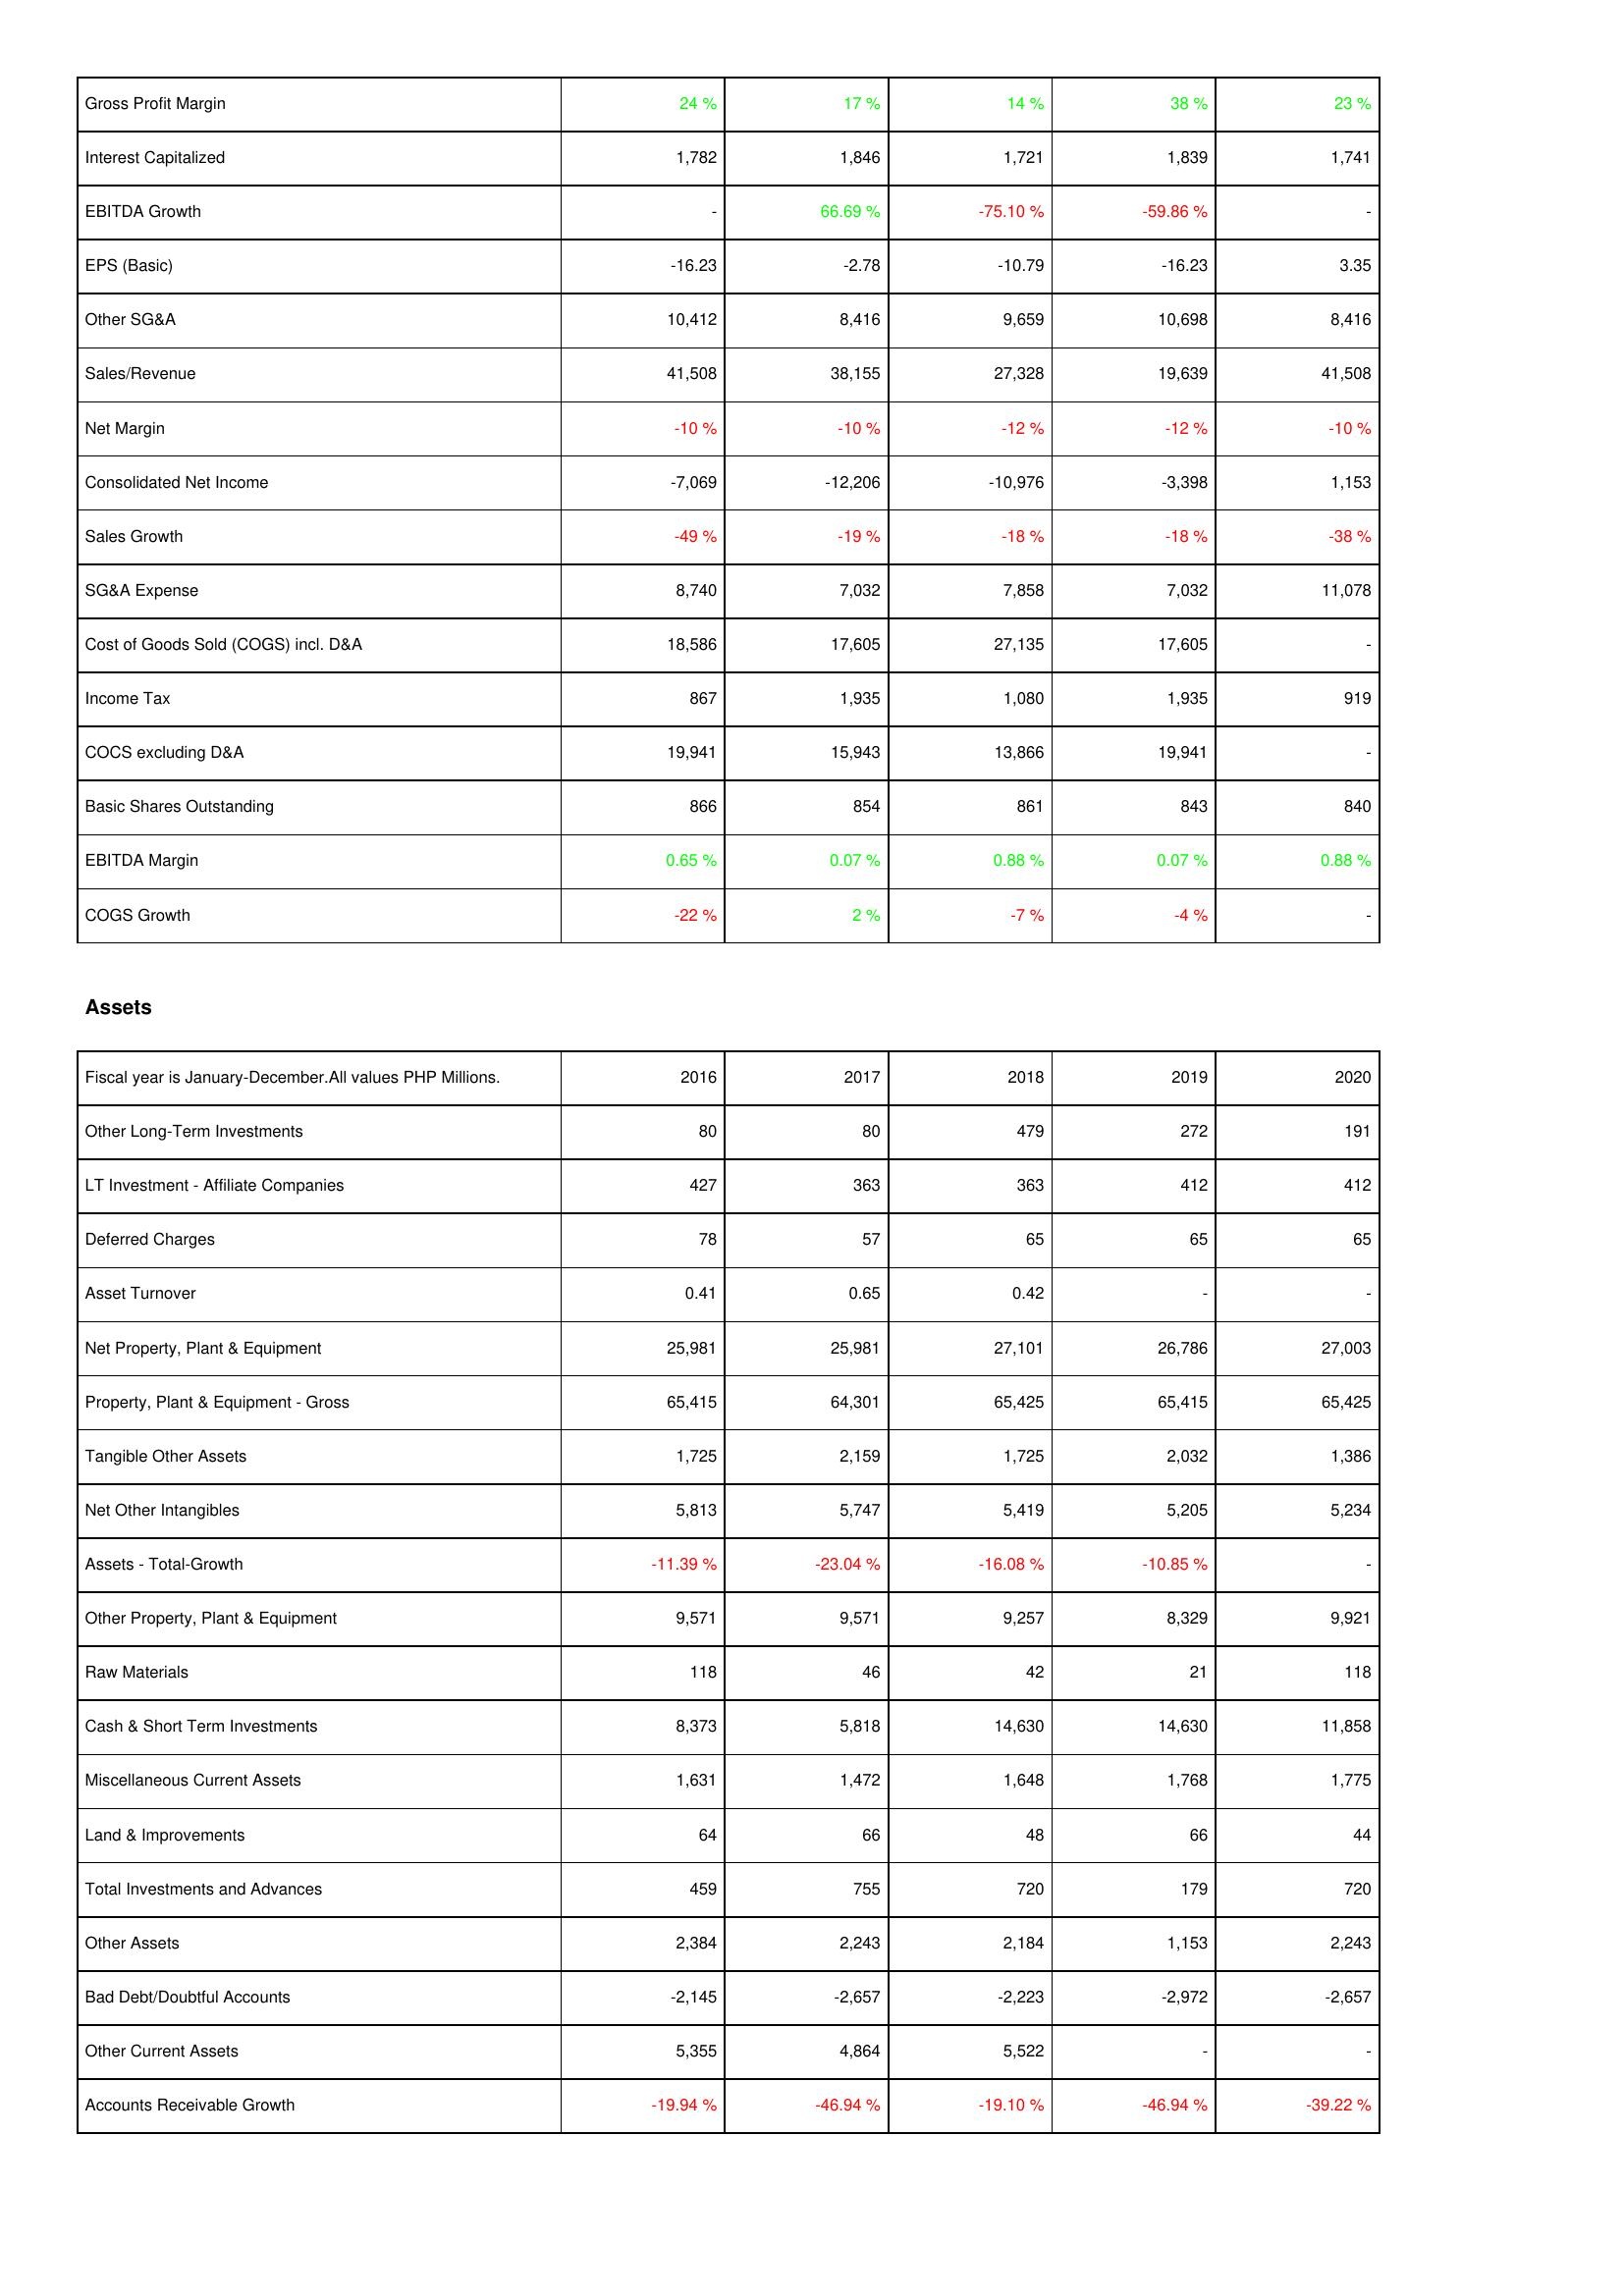
2016: Income Statement: Gross Profit Margin: 24 %
Interest Capitalized: 1,782
EBITDA Growth: -
EPS (Basic): -16.23
Other SG&A: 10,412
Sales/Revenue: 41,508
Net Margin: -10 %
Consolidated Net Income: -7,069
Sales Growth: -49 %
SG&A Expense: 8,740
Cost of Goods Sold (COGS) incl. D&A: 18,586
Income Tax: 867
COCS excluding D&A: 19,941
Basic Shares Outstanding: 866
EBITDA Margin: 0.65 %
COGS Growth: -22 %
Assets: Other Long-Term Investments: 80
LT Investment - Affiliate Companies: 427
Deferred Charges: 78
Asset Turnover: 0.41
Net Property, Plant & Equipment: 25,981
Property, Plant & Equipment - Gross: 65,415
Tangible Other Assets: 1,725
Net Other Intangibles: 5,813
Assets - Total-Growth: -11.39 %
Other Property, Plant & Equipment: 9,571
Raw Materials: 118
Cash & Short Term Investments: 8,373
Miscellaneous Current Assets: 1,631
Land & Improvements: 64
Total Investments and Advances: 459
Other Assets: 2,384
Bad Debt/Doubtful Accounts: -2,145
Other Current Assets: 5,355
Accounts Receivable Growth: -19.94 %
2017: Income Statement: Gross Profit Margin: 17 %
Interest Capitalized: 1,846
EBITDA Growth: 66.69 %
EPS (Basic): -2.78
Other SG&A: 8,416
Sales/Revenue: 38,155
Net Margin: -10 %
Consolidated Net Income: -12,206
Sales Growth: -19 %
SG&A Expense: 7,032
Cost of Goods Sold (COGS) incl. D&A: 17,605
Income Tax: 1,935
COCS excluding D&A: 15,943
Basic Shares Outstanding: 854
EBITDA Margin: 0.07 %
COGS Growth: 2 %
Assets: Other Long-Term Investments: 80
LT Investment - Affiliate Companies: 363
Deferred Charges: 57
Asset Turnover: 0.65
Net Property, Plant & Equipment: 25,981
Property, Plant & Equipment - Gross: 64,301
Tangible Other Assets: 2,159
Net Other Intangibles: 5,747
Assets - Total-Growth: -23.04 %
Other Property, Plant & Equipment: 9,571
Raw Materials: 46
Cash & Short Term Investments: 5,818
Miscellaneous Current Assets: 1,472
Land & Improvements: 66
Total Investments and Advances: 755
Other Assets: 2,243
Bad Debt/Doubtful Accounts: -2,657
Other Current Assets: 4,864
Accounts Receivable Growth: -46.94 %
2018: Income Statement: Gross Profit Margin: 14 %
Interest Capitalized: 1,721
EBITDA Growth: -75.10 %
EPS (Basic): -10.79
Other SG&A: 9,659
Sales/Revenue: 27,328
Net Margin: -12 %
Consolidated Net Income: -10,976
Sales Growth: -18 %
SG&A Expense: 7,858
Cost of Goods Sold (COGS) incl. D&A: 27,135
Income Tax: 1,080
COCS excluding D&A: 13,866
Basic Shares Outstanding: 861
EBITDA Margin: 0.88 %
COGS Growth: -7 %
Assets: Other Long-Term Investments: 479
LT Investment - Affiliate Companies: 363
Deferred Charges: 65
Asset Turnover: 0.42
Net Property, Plant & Equipment: 27,101
Property, Plant & Equipment - Gross: 65,425
Tangible Other Assets: 1,725
Net Other Intangibles: 5,419
Assets - Total-Growth: -16.08 %
Other Property, Plant & Equipment: 9,257
Raw Materials: 42
Cash & Short Term Investments: 14,630
Miscellaneous Current Assets: 1,648
Land & Improvements: 48
Total Investments and Advances: 720
Other Assets: 2,184
Bad Debt/Doubtful Accounts: -2,223
Other Current Assets: 5,522
Accounts Receivable Growth: -19.10 %
2019: Income Statement: Gross Profit Margin: 38 %
Interest Capitalized: 1,839
EBITDA Growth: -59.86 %
EPS (Basic): -16.23
Other SG&A: 10,698
Sales/Revenue: 19,639
Net Margin: -12 %
Consolidated Net Income: -3,398
Sales Growth: -18 %
SG&A Expense: 7,032
Cost of Goods Sold (COGS) incl. D&A: 17,605
Income Tax: 1,935
COCS excluding D&A: 19,941
Basic Shares Outstanding: 843
EBITDA Margin: 0.07 %
COGS Growth: -4 %
Assets: Other Long-Term Investments: 272
LT Investment - Affiliate Companies: 412
Deferred Charges: 65
Asset Turnover: -
Net Property, Plant & Equipment: 26,786
Property, Plant & Equipment - Gross: 65,415
Tangible Other Assets: 2,032
Net Other Intangibles: 5,205
Assets - Total-Growth: -10.85 %
Other Property, Plant & Equipment: 8,329
Raw Materials: 21
Cash & Short Term Investments: 14,630
Miscellaneous Current Assets: 1,768
Land & Improvements: 66
Total Investments and Advances: 179
Other Assets: 1,153
Bad Debt/Doubtful Accounts: -2,972
Other Current Assets: -
Accounts Receivable Growth: -46.94 %
2020: Income Statement: Gross Profit Margin: 23 %
Interest Capitalized: 1,741
EBITDA Growth: -
EPS (Basic): 3.35
Other SG&A: 8,416
Sales/Revenue: 41,508
Net Margin: -10 %
Consolidated Net Income: 1,153
Sales Growth: -38 %
SG&A Expense: 11,078
Cost of Goods Sold (COGS) incl. D&A: -
Income Tax: 919
COCS excluding D&A: -
Basic Shares Outstanding: 840
EBITDA Margin: 0.88 %
COGS Growth: -
Assets: Other Long-Term Investments: 191
LT Investment - Affiliate Companies: 412
Deferred Charges: 65
Asset Turnover: -
Net Property, Plant & Equipment: 27,003
Property, Plant & Equipment - Gross: 65,425
Tangible Other Assets: 1,386
Net Other Intangibles: 5,234
Assets - Total-Growth: -
Other Property, Plant & Equipment: 9,921
Raw Materials: 118
Cash & Short Term Investments: 11,858
Miscellaneous Current Assets: 1,775
Land & Improvements: 44
Total Investments and Advances: 720
Other Assets: 2,243
Bad Debt/Doubtful Accounts: -2,657
Other Current Assets: -
Accounts Receivable Growth: -39.22 %